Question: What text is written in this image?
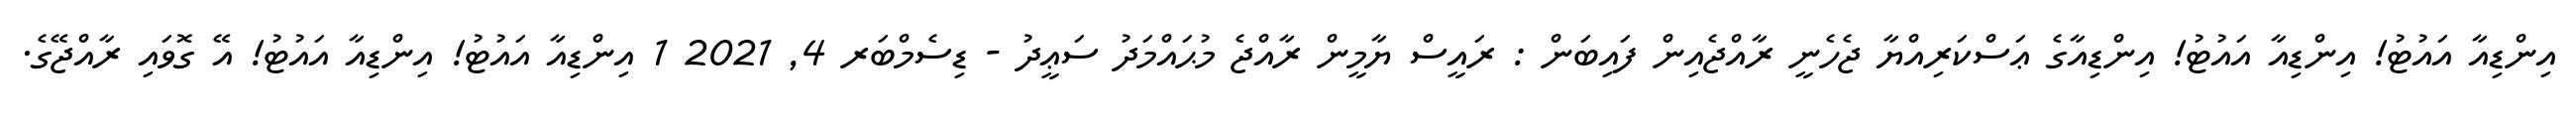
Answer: އިންޑިއާ އައުޓު! އިންޑިއާ އައުޓު! އިންޑިއާގެ ޢަސްކަރިއްޔާ ޖެހެނީ ރާއްޖެއިން ފައިބަން : ރައީސް ޔާމީން ރާއްޖެ މުޙައްމަދު ސަޢީދު - ޑިސެމްބަރ 4, 2021 1 އިންޑިއާ އައުޓު! އިންޑިއާ އައުޓު! އޭ ގޮވައި ރާއްޖޭގެ.